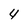
Character: 4